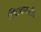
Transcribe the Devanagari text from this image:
हिंदुत्वामधील